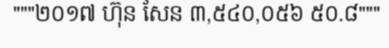
"""២០១៧ ហ៊ុន សែន ៣,៥៤០,០៥៦ ៥០.៨"""